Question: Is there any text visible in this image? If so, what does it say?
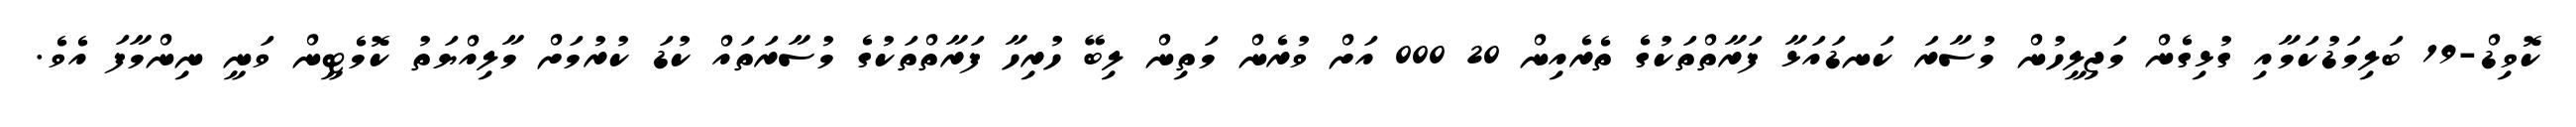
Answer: ކޮވިޑް-19 ބަލިމަޑުކަމާއި ގުޅިގެން މަޖިލީހުން މުސާރަ ކަނޑައަޅާ ފަރާތްތަކުގެ ތެރެއިން 20 000 އަށް ވުރެން މަތިން ލިބޭ ހުރިހާ ފަރާތްތަކުގެ މުސާރަތައް ކުޑަ ކުރުމަށް މާލިއްޔަތު ކޮމެޓީން ވަނީ ނިންމާފަ އެވެ.